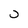
Character: j